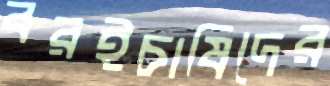
বরইচাষিদের